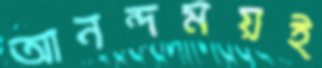
আনন্দময়ই